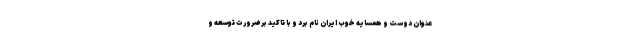
عنوان دوست و همسایه خوب ایران نام برد و با تاکید بر ضرورت توسعه و